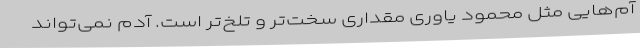
آم‌هایی مثل محمود یاوری مقداری سخت‌تر و تلخ‌تر است. آدم نمی‌تواند